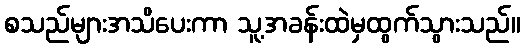
စသည်များအသိပေးကာ သူ့အခန်းထဲမှထွက်သွားသည်။